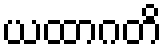
ယထာဂတိ